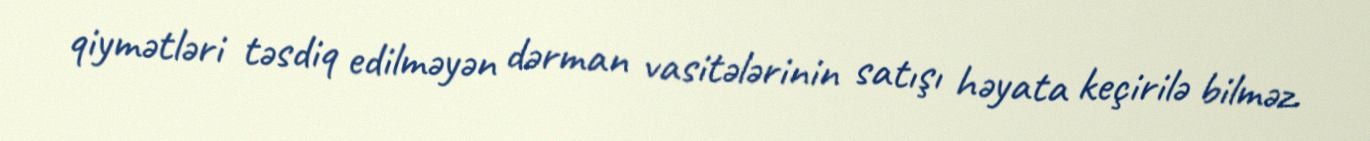
qiymətləri təsdiq edilməyən dərman vasitələrinin satışı həyata keçirilə bilməz.